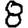
Digit: 8